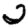
Digit: 2